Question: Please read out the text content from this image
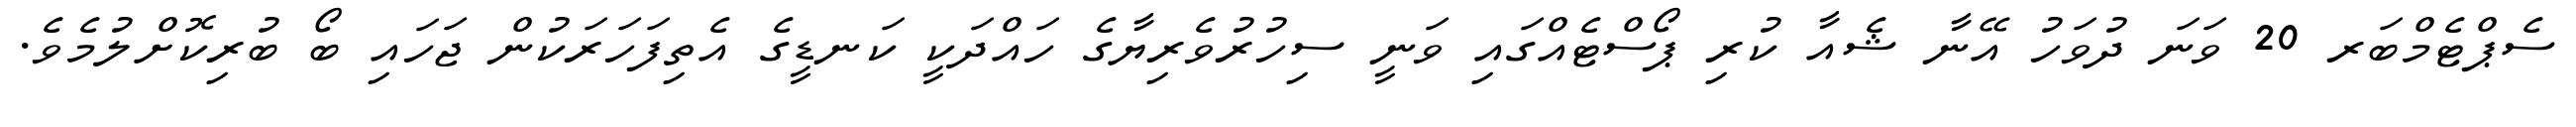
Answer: ސެޕްޓެމްބަރ 20 ވަނަ ދުވަހު އޭނާ ޝެއާ ކުރި ޕޯސްޓެއްގައި ވަނީ ސިހުރުވެރިޔާގެ ހައްދަކީ ކަނޑީގެ އެތިފަހަރަކުން ޖަހައި ބޯ ބުރިކޮށްލުމެވެ.